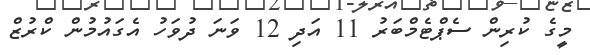
މީގެ ކުރިން ސެޕްޓެމްބަރު 11 އަދި 12 ވަނަ ދުވަހު އެގައުމުން ކްރުޒް